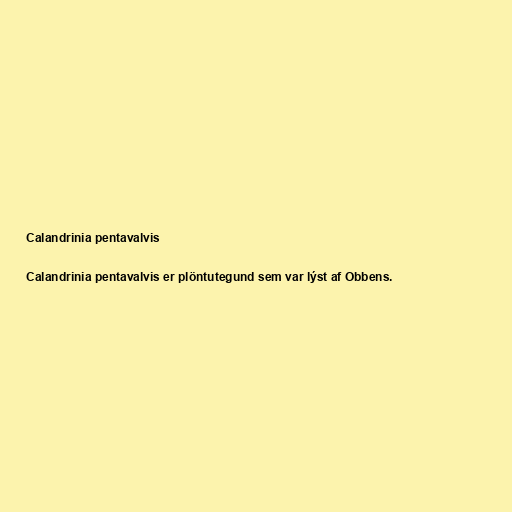
Calandrinia pentavalvis

Calandrinia pentavalvis er plöntutegund sem var lýst af Obbens.